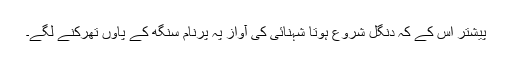
پیشتر اس کے کہ دنگل شروع ہوتا شہنائی کی آواز پہ پرنام سنگھ کے پاؤں تھرکنے لگے۔